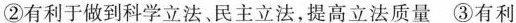
②有利于做到科学立法、民主立法，提高立法质量③有利